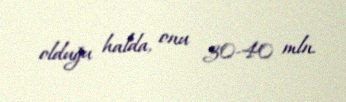
olduğu halda, onu 30-40 mln.